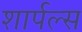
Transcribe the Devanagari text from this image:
शार्पल्स